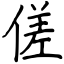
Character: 傞